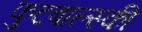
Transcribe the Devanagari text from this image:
फुटबाल्स्की